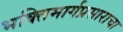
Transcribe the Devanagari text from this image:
भक्तिमार्गप्रसाराचा